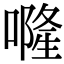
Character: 𠾐